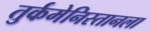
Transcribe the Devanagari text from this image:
तुर्कमेनिस्तानला